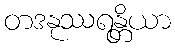
တဒနုဿရန္တိယာ